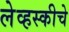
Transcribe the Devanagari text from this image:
लेव्हस्कीचे